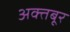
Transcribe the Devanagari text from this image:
अक्तबूर